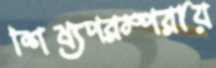
শিষ্যপরম্পরায়